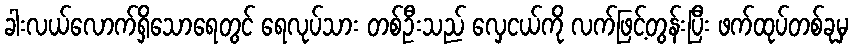
ခါးလယ်လောက်ရှိသောရေတွင် ရေလုပ်သား တစ်ဦးသည် လှေငယ်ကို လက်ဖြင့်တွန်းပြီး ဖက်ထုပ်တစ်ခုမှ